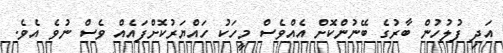
އަދި ފުލުހުން ބާރުގެ ބޭނުންކޮށް އެއްވެސް މީހަކު ހައްޔަރުކޮށްފައެއް ވެސް ނުވެ އެވެ.